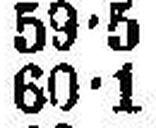
60•1